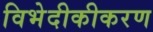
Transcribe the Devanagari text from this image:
विभेदीकीकरण